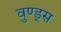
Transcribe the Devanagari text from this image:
वुण्ड्स